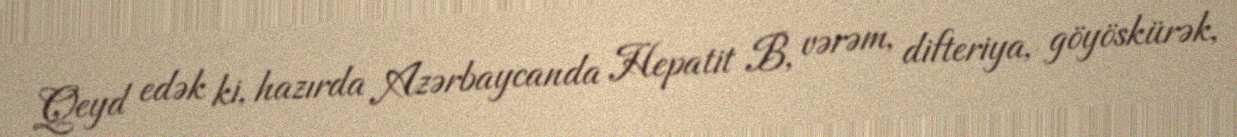
Qeyd edək ki, hazırda Azərbaycanda Hepatit B, vərəm, difteriya, göyöskürək,